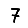
Digit: 7